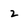
Character: 2